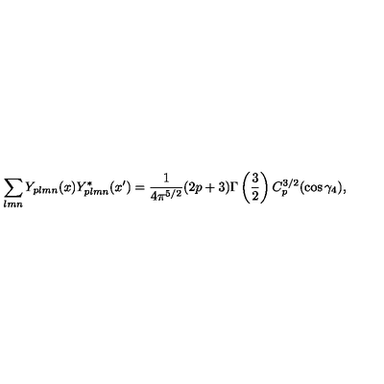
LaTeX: \sum _ { l m n } Y _ { p l m n } ( x ) Y _ { p l m n } ^ { * } ( x ^ { \prime } ) = \frac { 1 } { 4 \pi ^ { 5 / 2 } } ( 2 p + 3 ) \Gamma \left( \frac { 3 } { 2 } \right) C _ { p } ^ { 3 / 2 } ( \cos \gamma _ { 4 } ) ,